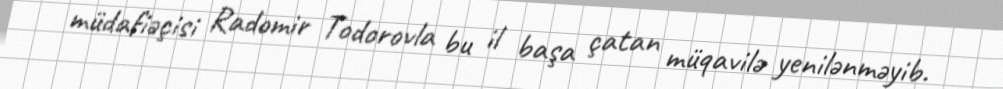
müdafiəçisi Radomir Todorovla bu il başa çatan müqavilə yenilənməyib.